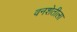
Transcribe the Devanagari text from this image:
वनशेतीला